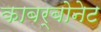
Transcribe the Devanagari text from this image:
काबर्बोनेट